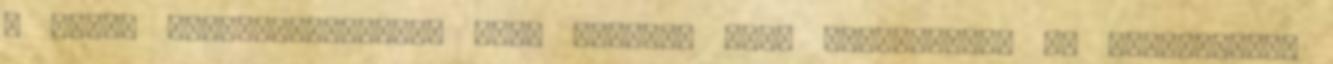
A Német Szociáldemokrata Párt tagsága nagy többséggel, 66 százalékkal